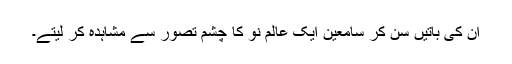
ان کی باتیں سن کر سامعین ایک عالم نو کا چشم تصور سے مشاہدہ کر لیتے۔